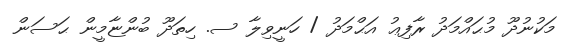
މަކުނުދޫ މުޙައްމަދު ރާފިޢު އަޙްމަދު / ހަނީވިލާ ސ. ހިތަދޫ ބުންޏާމީން ޙަސަން